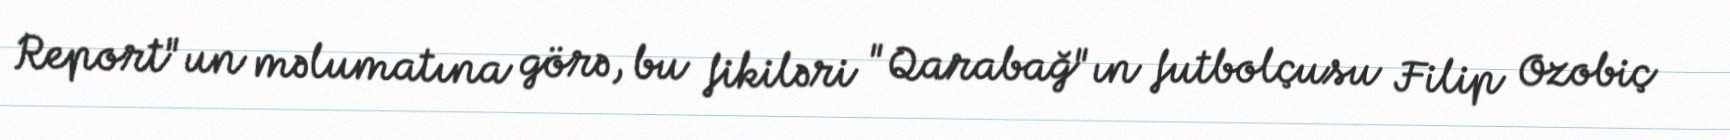
Report"un məlumatına görə, bu fikiləri "Qarabağ"ın futbolçusu Filip Ozobiç